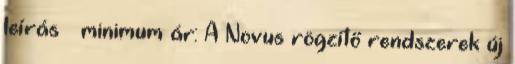
leírás » minimum ár: A Novus rögzítő rendszerek új